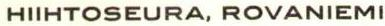
HIIHTOSEURA, ROVANIEMI